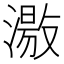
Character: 𱨱